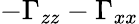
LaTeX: -\Gamma_{zz}-\Gamma_{xx}